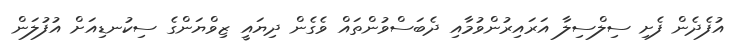
އުފެދެން ފެށި ސިލްސިލާ އަރައިރުންވުމާއި ދެބަސްވުންތައް ވެގެން ދިޔައީ ޒިވްޔަންގެ ސިކުނޑިއަށް އުފުލަން